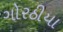
ગોરઠીયા